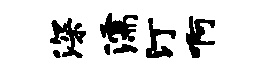
深濡汀啊